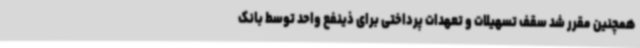
همچنین مقرر شد سقف تسهیلات و تعهدات پرداختی برای ذینفع واحد توسط بانک